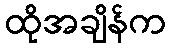
ထိုအချိန်က